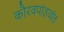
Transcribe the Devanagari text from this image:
कौरवपांडवांत